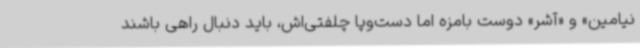
نیامین» و «آشر» دوست بامزه اما دست‌وپا چلفتی‌اش، باید دنبال راهی باشند